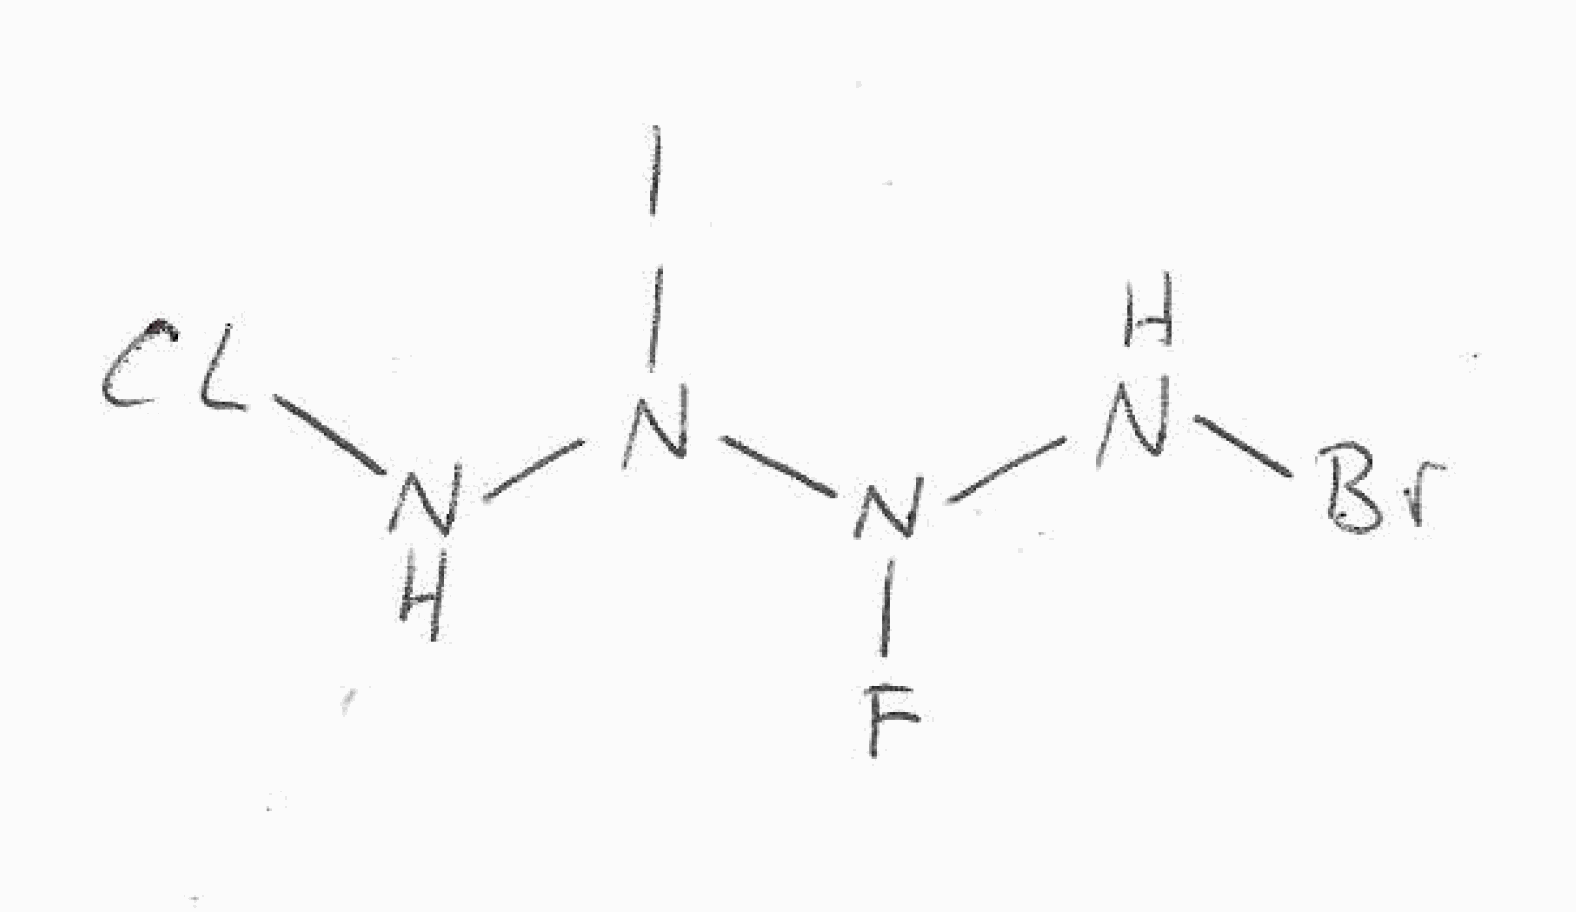
Simplified molecular-input line-entry system (SMILES) notation of the given molecule:
N(N(N(NBr)F)I)Cl